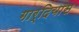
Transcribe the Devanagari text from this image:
गार्दियास